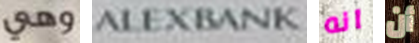
وهي ALEXBANK انه أن